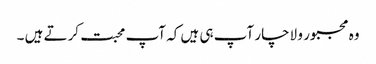
وہ مجبور و لاچار آپ ہی ہیں کہ آپ محبت کرتے ہیں ۔